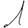
Digit: 1